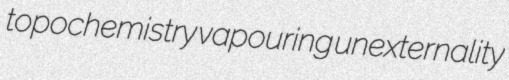
topochemistry vapouring unexternality